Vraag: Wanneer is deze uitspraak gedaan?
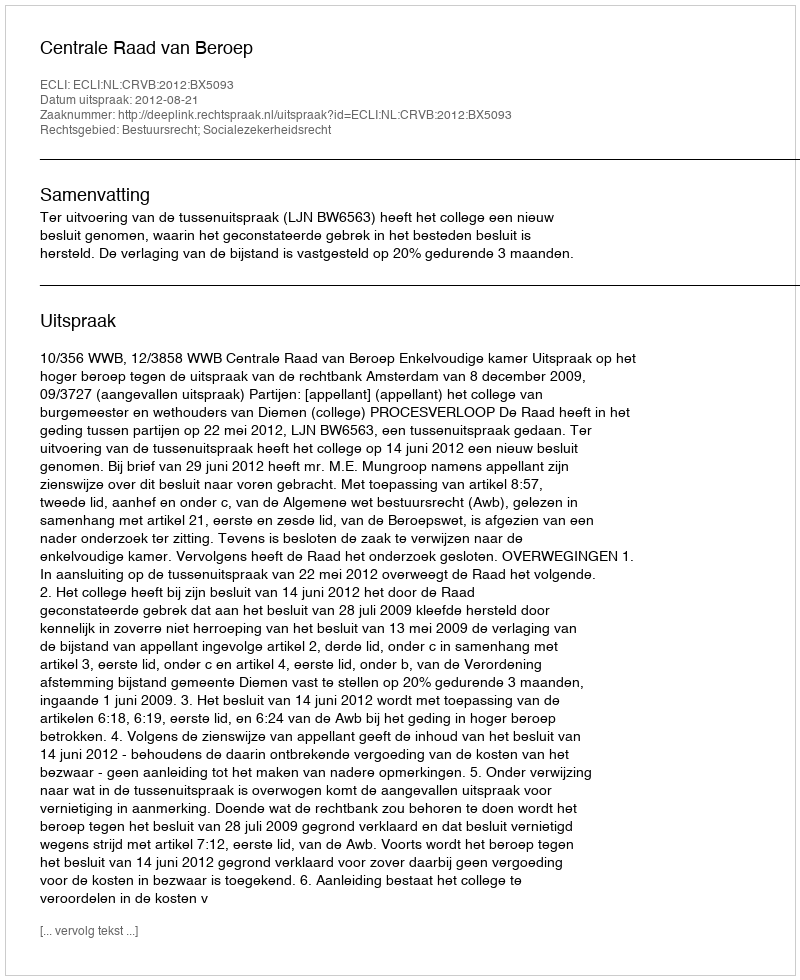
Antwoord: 2012-08-21